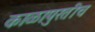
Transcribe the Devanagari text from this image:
काळापुरतीच